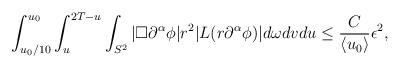
LaTeX: \begin{align*} \begin{aligned} \int_{u_0 / 10}^{u_0} \int_u^{2 T - u} \int_{S^2} |\Box \partial^\alpha \phi| r^2 |L(r \partial^\alpha \phi)| d \omega d v d u \le {C \over \langle u_0 \rangle} \epsilon^2, \end{aligned}\end{align*}